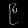
Digit: ၉